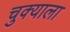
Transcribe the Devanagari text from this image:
चुक्याला